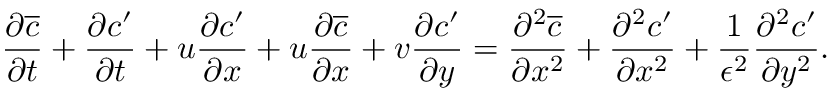
\frac { \partial \overline { { c } } } { \partial t } + \frac { \partial c ^ { \prime } } { \partial t } + u \frac { \partial c ^ { \prime } } { \partial x } + u \frac { \partial \overline { { c } } } { \partial x } + v \frac { \partial c ^ { \prime } } { \partial y } = \frac { \partial ^ { 2 } \overline { { c } } } { \partial x ^ { 2 } } + \frac { \partial ^ { 2 } c ^ { \prime } } { \partial x ^ { 2 } } + \frac { 1 } { \epsilon ^ { 2 } } \frac { \partial ^ { 2 } c ^ { \prime } } { \partial y ^ { 2 } } .